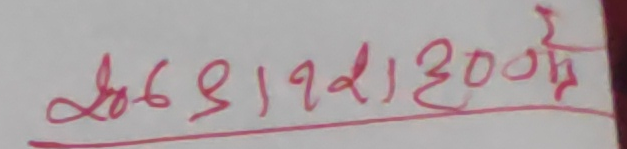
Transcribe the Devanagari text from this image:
५०६९/१२/२१/३००१२